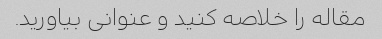
مقاله را خلاصه کنید و عنوانی بیاورید.